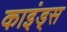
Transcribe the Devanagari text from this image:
काइंड्स